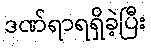
ဒဏ်ရာရရှိခဲ့ပြီး